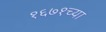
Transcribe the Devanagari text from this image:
१६७१च्या